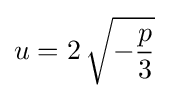
u=2\,{\sqrt {-{\frac {p}{3}}}}